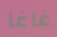
غاغا